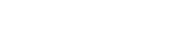
ပြောင်းလဲမှုတစ်ခုကို